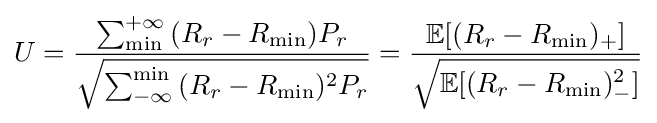
U={{\sum _{\min }^{+\infty }{(R_{r}-R_{\min }})P_{r}} \over {\sqrt {\sum _{-\infty }^{\min }{(R_{r}-R_{\min }})^{2}P_{r}}}}={\frac {\mathbb {E} [(R_{r}-R_{\min })_{+}]}{\sqrt {\mathbb {E} [(R_{r}-R_{\min })_{-}^{2}]}}}